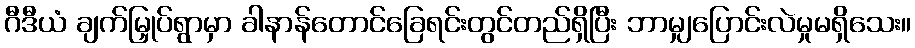
ဂီဒီယံ ချက်မြှုပ်ရွာမှာ ခါနာန်တောင်ခြေရင်းတွင်တည်ရှိပြီး ဘာမျှပြောင်းလဲမှုမရှိသေး။